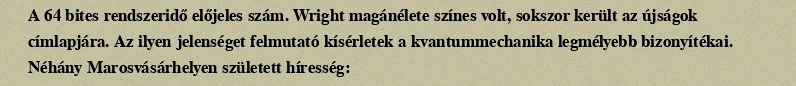
A 64 bites rendszeridő előjeles szám. Wright magánélete színes volt, sokszor került az újságok címlapjára. Az ilyen jelenséget felmutató kísérletek a kvantummechanika legmélyebb bizonyítékai. Néhány Marosvásárhelyen született híresség: